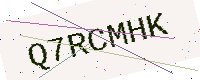
Text: Q7RCMHK